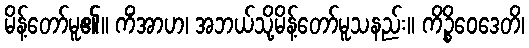
မိန့်တော်မူ၏။ ကိံအာဟ၊ အဘယ်သို့မိန့်တော်မူသနည်း။ ကိဉ္စိဝေဒေတိ၊